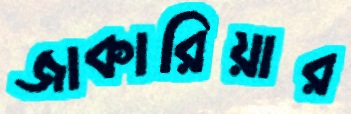
জাকারিয়ার